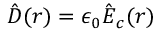
\hat { \boldsymbol D } ( \boldsymbol r ) = \epsilon _ { 0 } \hat { \boldsymbol E } _ { c } ( \boldsymbol r )